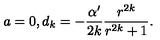
a = 0 , d _ { k } = - \frac { \alpha ^ { \prime } } { 2 k } \frac { r ^ { 2 k } } { r ^ { 2 k } + 1 } .